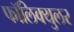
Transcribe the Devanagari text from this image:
फॉलिक्युलर